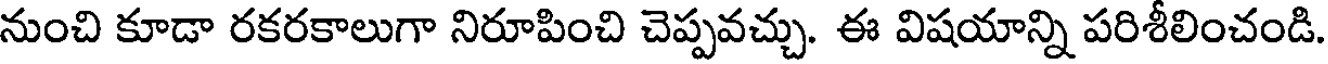
నుంచి కూడా రకరకాలుగా నిరూపించి చెప్పవచ్చు. ఈ విషయాన్ని పరిశీలించండి